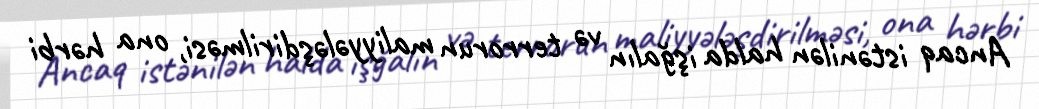
Ancaq istənilən halda işğalın və terrorun maliyyələşdirilməsi, ona hərbi